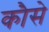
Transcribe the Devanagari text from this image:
कौसे